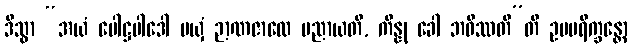
ဒိသွာ “အယံ ပေါဋ္ဌပါဒေါ မယှံ ဉာဏဇာလေ ပညာယတိ, ကိန္နု ခေါ ဘဝိဿတီ”တိ ဥပပရိက္ခန္တော